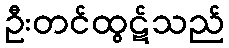
ဦးတင်ထွဋ်သည်